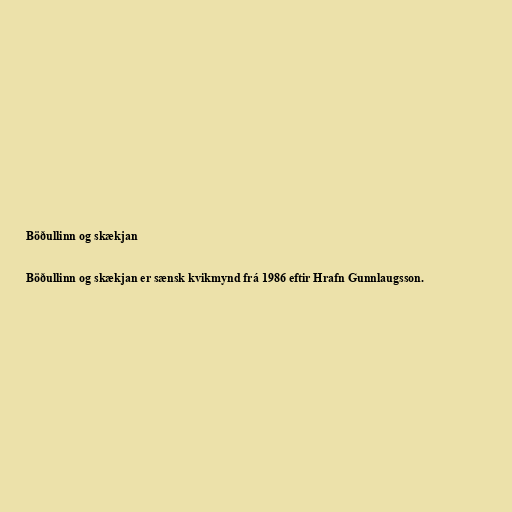
Böðullinn og skækjan

Böðullinn og skækjan er sænsk kvikmynd frá 1986 eftir Hrafn Gunnlaugsson.